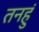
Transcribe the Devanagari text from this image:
तनहुं